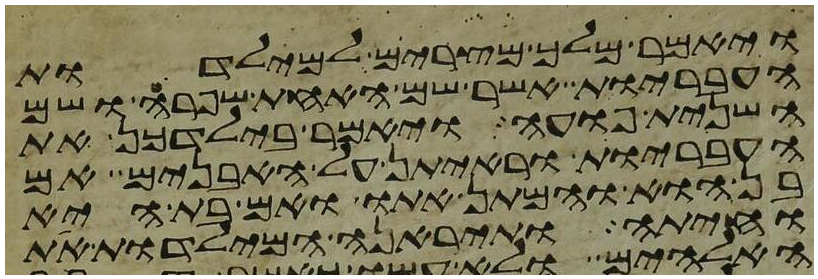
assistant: ויאמר מלך מצרים למילדות
העבריות אשר שם האחת שפרה ושם
השנית פועה ויאמר בילדכן את
העבריות וראיתן על האבנים אם
בן הוא והמתן אתו ואם בת היא
וחיתה ותיראנה המילדות את